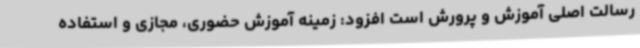
رسالت اصلی آموزش و پرورش است افزود: زمینه آموزش حضوری، مجازی و استفاده